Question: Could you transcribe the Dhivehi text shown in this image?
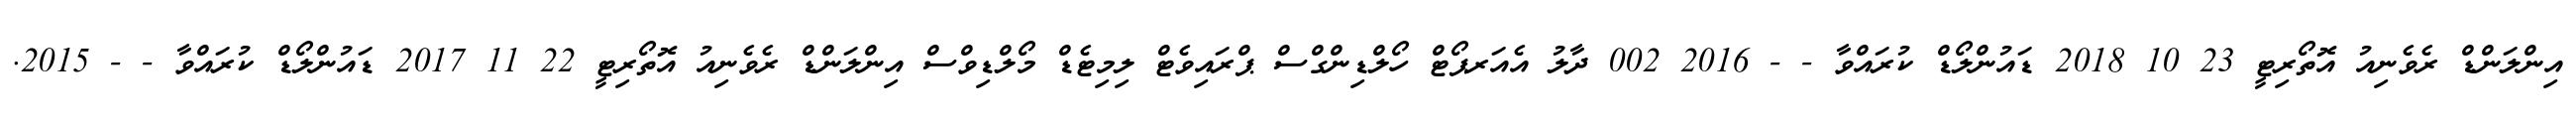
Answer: އިންލަންޑް ރެވެނިއު އޮތޯރިޓީ 23 10 2018 ޑައުންލޯޑް ކުރައްވާ - - 2016 002 ދާލު އެއަރޕޯޓް ހޯލްޑިންގްސް ޕްރައިވެޓް ލިމިޓެޑް މޯލްޑިވްސް އިންލަންޑް ރެވެނިއު އޮތޯރިޓީ 22 11 2017 ޑައުންލޯޑް ކުރައްވާ - - 2015.